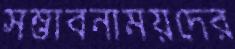
সম্ভাবনাময়দের